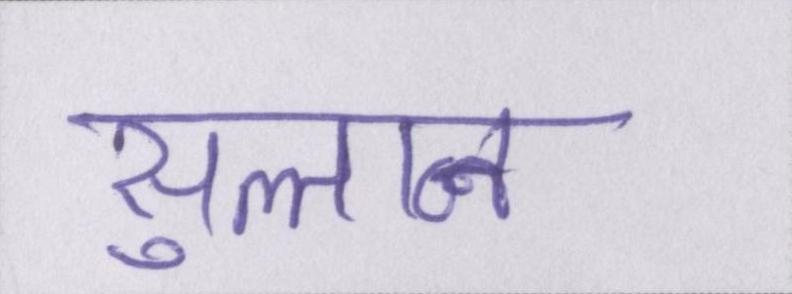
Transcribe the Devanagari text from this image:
सुल्तान